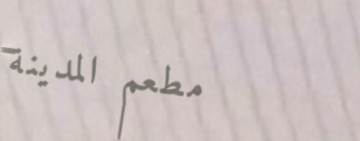
مطعم المدينة